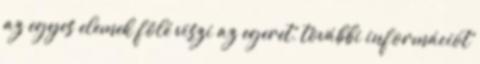
az egyes elemek fölé viszi az egeret, további információt